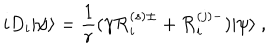
i D _ { i } | \psi \rangle = \frac { 1 } { r } ( \gamma { \cal R } _ { i } ^ { ( s ) \pm } + { \cal R } _ { i } ^ { ( j ) - } ) | \psi \rangle ~ , \nonumber